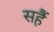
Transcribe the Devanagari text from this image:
सहैं